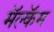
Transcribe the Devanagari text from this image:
मॅल्कॅम